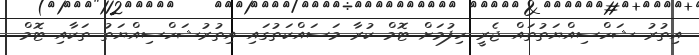
އިތުރު ޝަހްސިއްޔަތުތައް ޖެރީ ހިފުމަށް ޓޮމް ކުރާ މަސައްކަތުގައި އިތުރުޝަހްސިއްޔަތު ތަކާއި ޓޮމް